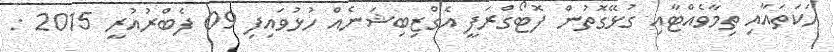
ހަކަތައާއި ތިމާވެއްޓާއި ގުޅޭގޮތުން ފޮޓޯގްރަފީ އެގްޒިބިޝަނެއް ހުޅުވައިފި 09 ފެބްރުއުރީ 2015 :